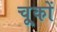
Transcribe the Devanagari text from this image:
चू्कों